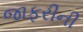
જાફરીની